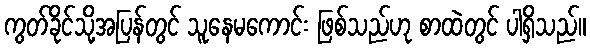
ကွတ်ခိုင်သို့အပြန်တွင် သူနေမကောင်း ဖြစ်သည်ဟု စာထဲတွင် ပါရှိသည်။